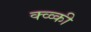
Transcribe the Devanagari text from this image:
क्व्व्की